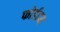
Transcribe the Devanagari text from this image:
फोर्डहम